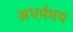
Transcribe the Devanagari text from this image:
अधर्ममय